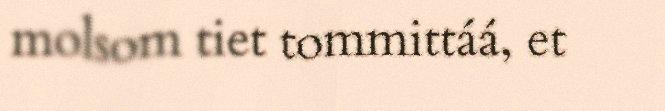
molsom tiet tommittáá, et